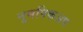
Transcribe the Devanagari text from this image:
नूनपिकअप